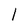
Character: l